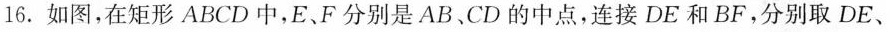
16.如图，在矩形ABCD中，E、F分别是AB、CD的中点，连接DE和BF，分别取DE、